Civil Veterinary Department. United Provinces 1932-42 - 1932-1942
Year: 1932
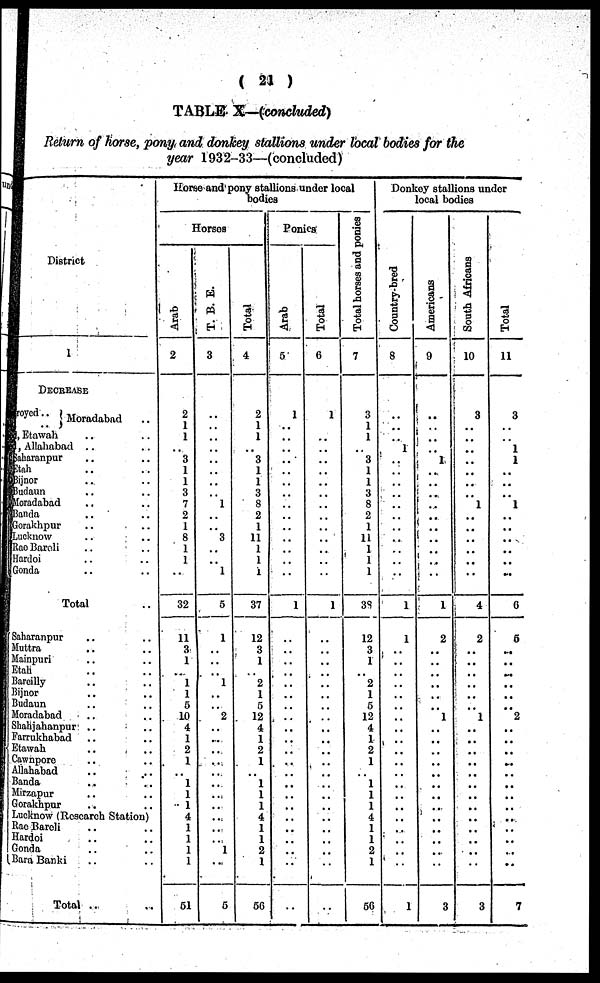
( 21 )
TABLE X—(concluded)
Return of horse, pony, and donkey stallions under local bodies for the
year 1932-33—(concluded)
District
1
DECREASE
Distroyed.. Moradabad
..
, Etawah .. ..
,Allahabad .. ..
Saharanpur .. ..
Etah .. ..
Bijnor .. ..
Budaun .. ..
Moradabad .. ..
Banda .. ..
Gorakhpur .. ..
Lucknow .. ..
Rae Bareli .. ..
Hardoi .. ..
Gonda .. ..
Total ..
Saharanpur .. ..
Muttra .. ..
Mainpuri .. ..
Etah .. ..
Bareilly .. ..
Bijnor .. ..
Budaun .. ..
Moradabad .. ..
Shahjahanpur .. ...
Farrukhabad .. ..
Etawah .. ..
Cawnpore .. ..
Allahabad .. ..
Banda .. ..
Mirzapur .. ..
Gorakhpur .. ..
Lucknow (Research Station)
Rae Bareli .. ..
Hardoi .. ..
Gonda .. ..
Bara Banki .. ..
Total .. ..
Horse and pony stallions under local
bodies
Horses
Arab
2
2
1
1
..
3
1
1
3
7
2
1
8
1
1
..
32
11
3
1
..
1
1
5
10
4
1
2
1
..
1
1
1
4
1
1
1
1
51
T. B. E.
3
1
3
1
5
1
..
..
..
1
..
..
2
..
..
..
..
.. ..
..
..
..
..
..
1
5
Total
4
2
1
1
.. 3
1
1
3
8
2
1
11
1
1
1
37
12
3
1
2
1
5
12
4
1
2
1
..
1
1
1
4
1
1
2
1
56
Ponies
Arab
5
1
..
1
..
..
..
..
..
..
..
..
..
..
..
..
..
..
..
..
..
..
..
..
..
..
Total
6
1
..
..
1
..
..
..
..
..
..
..
..
..
..
..
..
..
..
..
..
..
..
..
..
..
..
Total horses and ponies
7
3
1
1
3
1
1
3
8
2
1
11
1
1
1
38
12
3
1
..
2
1
5
12
4
1
2
1
1
1
1
4
1
1
2
1
56
Donkey stallions under
local bodies
Country-bred
8
1
..
..
1
1
..
..
..
..
..
..
..
..
..
..
..
..
..
..
..
..
..
..
..
..
1
Americans
9
..
..
1
..
..
..
..
..
..
..
..
1
2
..
..
..
..
..
..
1
..
..
..
..
..
..
..
..
..
..
..
..
..
3
South Africans
10
3
..
..
..
..
..
1
..
..
..
..
..
..
4
2
..
..
..
..
..
..
1
..
..
..
..
..
..
..
..
..
..
..
..
..
3
Total
11
3
1
1
..
..
.. 1
..
..
..
..
..
..
6
5
..
..
..
..
..
..
2
..
..
..
..
..
..
..
..
..
..
..
..
..
7